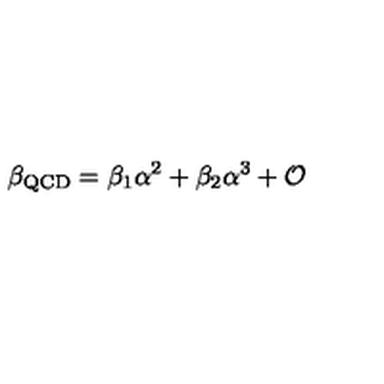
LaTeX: \beta _ { \mathrm { Q C D } } = \beta _ { 1 } \alpha ^ { 2 } + \beta _ { 2 } \alpha ^ { 3 } + \mathcal { O }